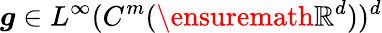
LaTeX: \boldsymbol{g}\in L^{\infty}(C^{m}(\ensuremath{\mathbb{R}}^{d}))^{d}